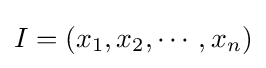
I=(x_{1},x_{2},\cdots ,x_{n})